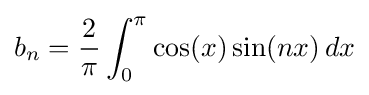
b_{n}={\frac {2}{\pi }}\int _{0}^{\pi }\cos(x)\sin(nx)\,dx